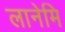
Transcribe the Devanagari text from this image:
लानेमि